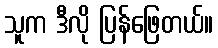
သူက ဒီလို ပြန်ဖြေတယ်။